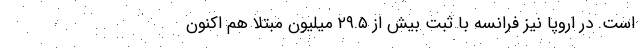
است. در اروپا نیز فرانسه با ثبت بیش از ۲۹.۵ میلیون مبتلا هم اکنون